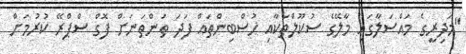
"މަދިރީގެ މައްސަލާގައި މާލޭގެ ސުކޫލްތަކާއި ހުސްބިންތައް ފަދަ ތަންތަނަށް ފޮގް ސްޕްރޭ ކުރުމަށް